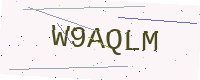
Text: W9AQLM